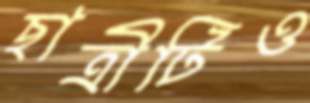
ছাত্রীটিও